Civil Veterinary Dept. Bombay admin report 1907-1913 - 1907-1913
Year: 1907
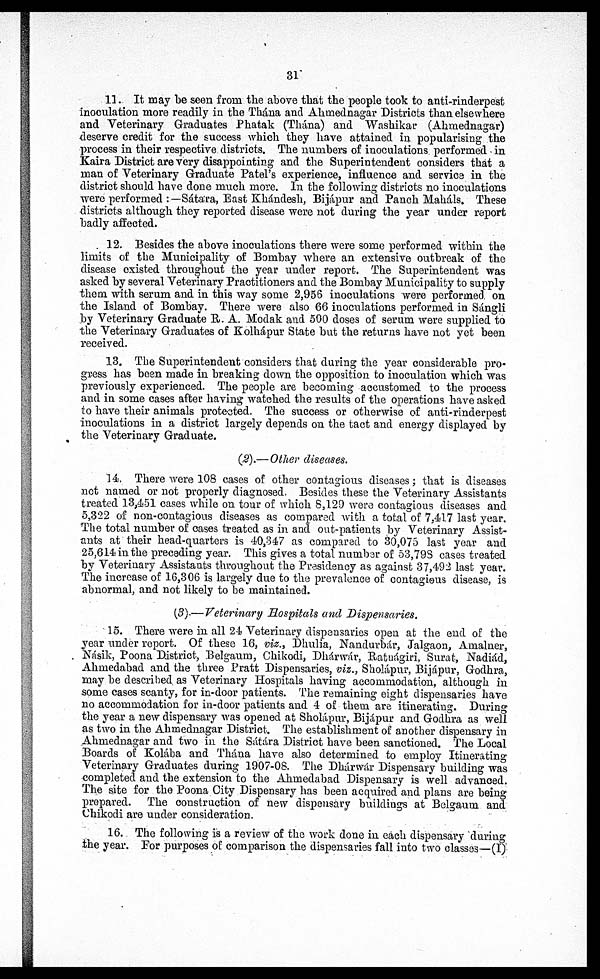
31
11. It may be seen from the above that the people took to anti-rinderpest
inoculation more readily in the Thána and Ahmednagar Districts than elsewhere
and Veterinary Graduates Phatak (Thána) and Washikar (Ahmednagar)
deserve credit for the success which they have attained in popularising the
process in their respective districts. The numbers of inoculations performed in
Kaira District are very disappointing and the Superintendent considers that a
man of Veterinary Graduate Patel's experience, influence and service in the
district should have done much more. In the following districts no inoculations
were performed:—Sátara, East Khándesh, Bijápur and Panch Maháls. These
districts although they reported disease were not during the year under report
badly affected.
12. Besides the above inoculations there were some performed within the
limits of the Municipality of Bombay where an extensive outbreak of the
disease existed throughout the year under report. The Superintendent was
asked by several Veterinary Practitioners and the Bombay Municipality to supply
them with serum and in this way some 2,956 inoculations were performed on
the Island of Bombay. There were also 66 inoculations performed in Sángli
by Veterinary Graduate R. A. Modak and 500 doses of serum were supplied to
the Veterinary Graduates of Kolhápur State but the returns have not yet been
received.
13. The Superintendent considers that during the year considerable pro-
gress has been made in breaking down the opposition to inoculation which was
previously experienced. The people are becoming accustomed to the process
and in some cases after having watched the results of the operations have asked
to have their animals protected. The success or otherwise of anti-rinderpest
inoculations in a district largely depends on the tact and energy displayed by
the Veterinary Graduate.
(2).—Other diseases.
14 There were 108 cases of other contagious diseases; that is diseases
not named or not properly diagnosed. Besides these the Veterinary Assistants
treated 13,451 cases while on tour of which 8,129 were contagious diseases and
5,322 of non-contagious diseases as compared with a total of 7.417 last year.
The total number of cases treated as in and out-patients by Veterinary Assist-
ants at their head-quarters is 40,347 as compared to 30,075 last year and
25,614 in the preceding year. This gives a total number of 53,793 cases treated
by Veterinary Assistants throughout the Presidency as against 37,492 last year.
The increase of 16,306 is largely due to the prevalence of contagious disease, is
abnormal, and not likely to be maintained.
(3).—Veterinary Hospitals and Dispensaries.
15. There were in all 24 Veterinary dispensaries open at the end of the
year under report. Of these 16, viz., Dhulia, Nandurbár, Jalgaon, Amalner,
Násik, Poona District, Belgaum, Chikodi, Dhárwár, Ratnágiri, Surat, Nadiád,
Ahmedabad and the three Pratt Dispensaries, viz., Sholápur, Bijápur, Godhra,
may be described as Veterinary Hospitals having accommodation, although in
some cases scanty, for in-door patients. The remaining eight dispensaries have
no accommodation for in-door patients and 4 of them are itinerating. During
the year a new dispensary was opened at Sholápur, Bijápur and Godhra as well
as two in the Ahmednagar District. The establishment of another dispensary in
Ahmednagar and two in the Sátára District have been sanctioned. The Local
Boards of Kolába and Thána have also determined to employ Itinerating
Veterinary Graduates during 1907-08. The Dhárwár Dispensary building was
completed and the extension to the Ahmedabad Dispensary is well advanced.
The site for the Poona City Dispensary has been acquired and plans are being
prepared. The construction of new dispensary buildings at Belgaum and
Chikodi are under consideration.
16. The following is a review of the work done in each dispensary during
the year. For purposes of comparison the dispensaries fall into two classes—(I)